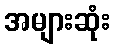
အများဆုံး